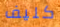
كليف